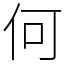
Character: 何